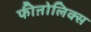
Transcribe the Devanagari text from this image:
फीऩोलिक्स